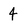
Character: 4